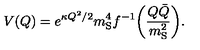
V ( Q ) = e ^ { \kappa Q ^ { 2 } / 2 } m _ { \mathrm { S } } ^ { 4 } f ^ { - 1 } \biggl ( \frac { Q \bar { Q } } { m _ { \mathrm { S } } ^ { 2 } } \biggr ) .